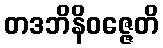
တဒဘိနိဝဇ္ဇေတိ